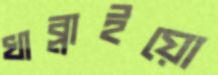
খাব্‌লাইয়ো